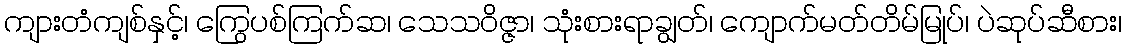
ကျားတံကျစ်နှင့်၊ ကြွေပစ်ကြက်ဆ၊ သေသဝိဇ္ဇာ၊ သုံးစားရာချွတ်၊ ကျောက်မတ်တိမ်မြုပ်၊ ပဲဆုပ်ဆီစား၊